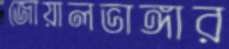
জোয়ালভাঙ্গার